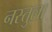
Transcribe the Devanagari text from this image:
नस्तुला